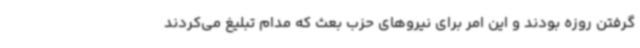
گرفتن روزه بودند و این امر برای نیروهای حزب بعث که مدام تبلیغ می‌کردند